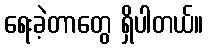
ရေးခဲ့တာတွေ ရှိပါတယ်။